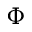
\Phi